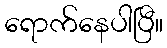
ရောက်နေပါပြီ။